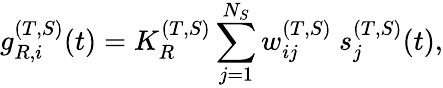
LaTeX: g_{R,i}^{(T,S)}(t)=K_{R}^{(T,S)}\sum_{j=1}^{N_{S}}w_{ij}^{(T,S)}~s_{j}^{(T,S)}(t),